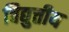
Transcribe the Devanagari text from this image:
विद्युत्तीय